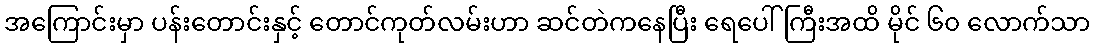
အကြောင်းမှာ ပန်းတောင်းနှင့် တောင်ကုတ်လမ်းဟာ ဆင်တဲကနေပြီး ရေပေါ်ကြီးအထိ မိုင် ၆၀ လောက်သာ